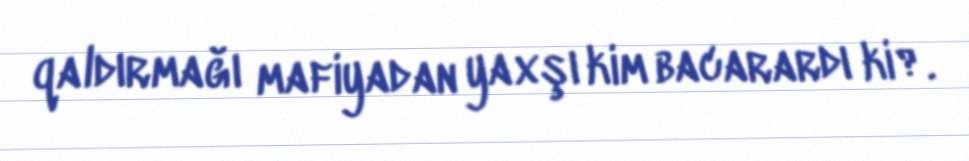
qaldırmağı mafiyadan yaxşı kim bacarardı ki?.